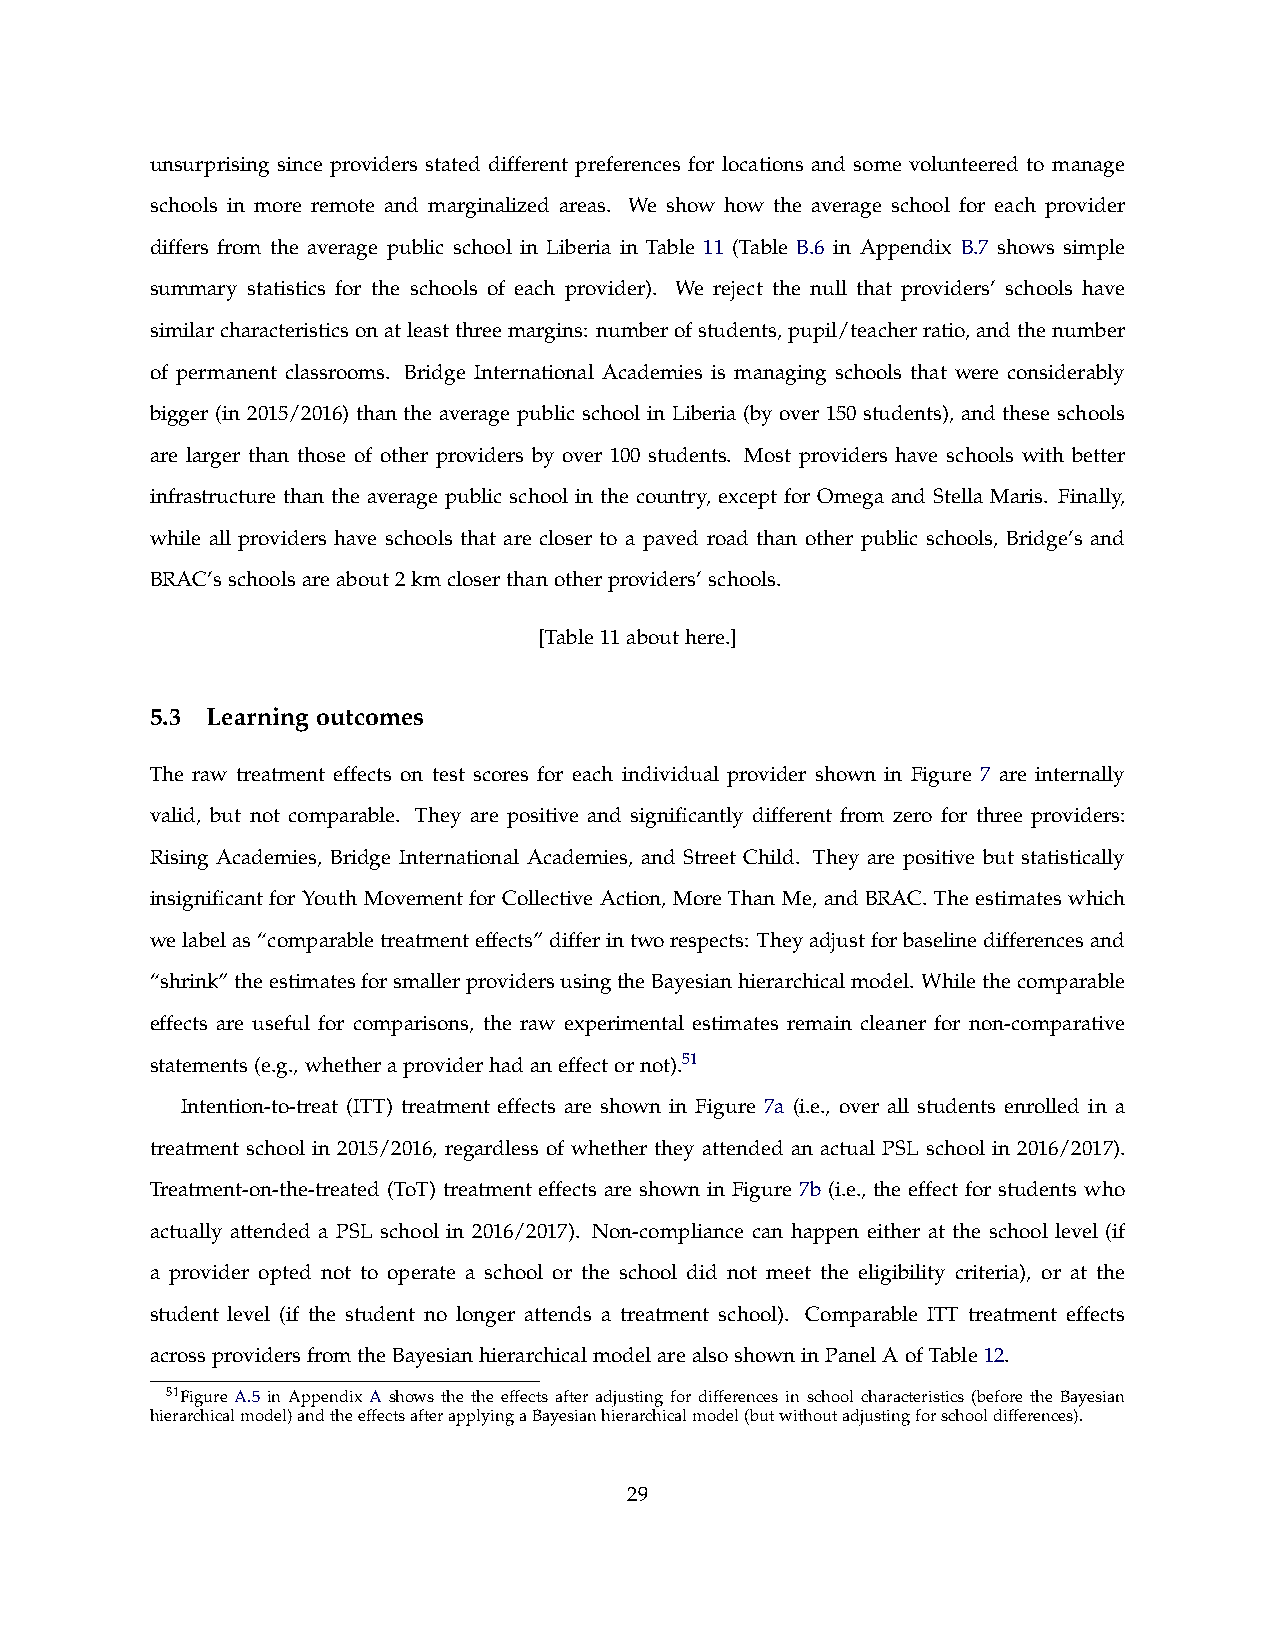
unsurprising since providers stated different preferences for locations and some volunteered to manage
 schools in more remote and marginalized areas. We show how the average school for each provider
 differs from the average public school in Liberia in Table 11 (Table B.6 in Appendix B.7 shows simple
 summary statistics for the schools of each provider). We reject the null that providers’ schools have
 similarcharacteristicsonatleastthreemargins: numberofstudents,pupil/teacherratio,andthenumber
 of permanent classrooms. Bridge International Academies is managing schools that were considerably
 bigger (in 2015/2016) than the average public school in Liberia (by over 150 students), and these schools
 are larger than those of other providers by over 100 students. Most providers have schools with better
 infrastructure than the average public school in the country, except for Omega and Stella Maris. Finally,
 while all providers have schools that are closer to a paved road than other public schools, Bridge’s and
 BRAC’sschoolsareabout2kmcloserthanotherproviders’schools.
 [Table11abouthere.]
 5.3 Learning outcomes
 The raw treatment effects on test scores for each individual provider shown in Figure 7 are internally
 valid, but not comparable. They are positive and significantly different from zero for three providers:
 Rising Academies, Bridge International Academies, and Street Child. They are positive but statistically
 insignificant for Youth Movement for Collective Action, More Than Me, and BRAC. The estimates which
 welabelas“comparabletreatmenteffects”differintworespects: Theyadjustforbaselinedifferencesand
 “shrink”theestimatesforsmallerprovidersusingtheBayesianhierarchicalmodel. Whilethecomparable
 effects are useful for comparisons, the raw experimental estimates remain cleaner for non-comparative
 statements(e.g.,whetheraproviderhadaneffectornot).51
 Intention-to-treat (ITT) treatment effects are shown in Figure 7a (i.e., over all students enrolled in a
 treatment school in 2015/2016, regardless of whether they attended an actual PSL school in 2016/2017).
 Treatment-on-the-treated (ToT) treatment effects are shown in Figure 7b (i.e., the effect for students who
 actually attended a PSL school in 2016/2017). Non-compliance can happen either at the school level (if
 a provider opted not to operate a school or the school did not meet the eligibility criteria), or at the
 student level (if the student no longer attends a treatment school). Comparable ITT treatment effects
 acrossprovidersfromtheBayesianhierarchicalmodelarealsoshowninPanelAofTable12.
 51Figure A.5 in Appendix A shows the the effects after adjusting for differences in school characteristics (before the Bayesian
 hierarchicalmodel)andtheeffectsafterapplyingaBayesianhierarchicalmodel(butwithoutadjustingforschooldifferences).
 29